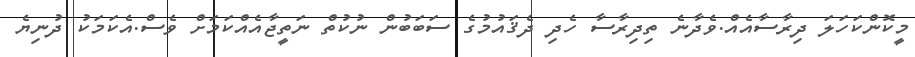
މީކޮންކަހަލަ ދިރާސާއެއް.ވެދާނެ ތިދިރާސާ ހެދި ދެޤައުމުގެ ސަބަބުން ނުކުތް ނަތީޖާއެއްކަމަށް ވެސް.އެކަމަކު ދުނިޔެ